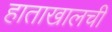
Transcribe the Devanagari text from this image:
हाताखालची